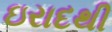
ઇરાદથી